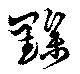
黲